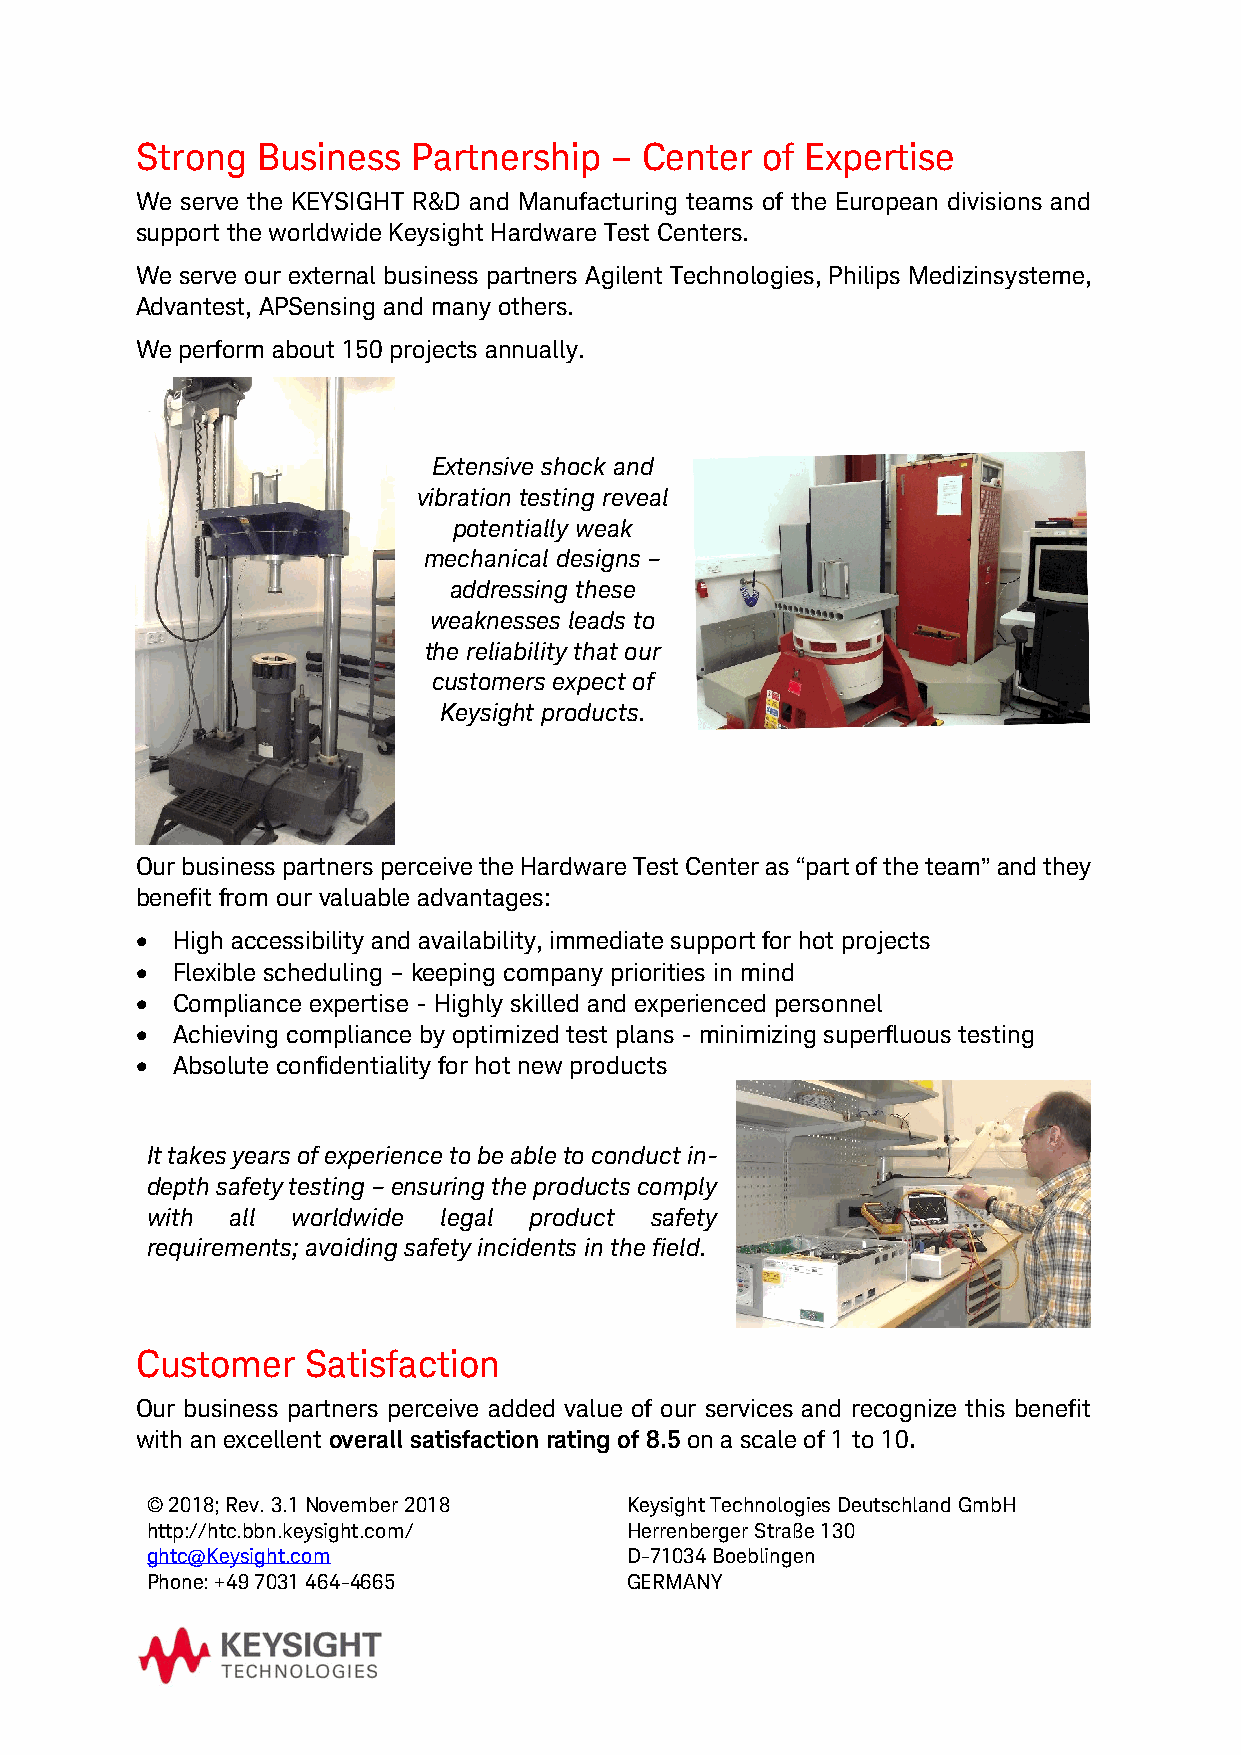
Strong  Business  Partnership  – Center  of Expertise
 We serve the KEYSIGHT R&D and Manufacturing teams of the European divisions and
 support the worldwide Keysight Hardware Test Centers.
 We serve our external business partners Agilent Technologies, Philips Medizinsysteme,
 Advantest, APSensing and many others.
 We perform about 150 projects annually.
 Extensive shock and
 vibration testing reveal
 potentially weak
 mechanical designs –
 addressing these
 weaknesses leads to
 the reliability that our
 customers expect of
 Keysight products.
 Our business partners perceive the Hardware Test Center as “part of the team” and they
 benefit from our valuable advantages:
 • High accessibility and availability, immediate support for hot projects
 • Flexible scheduling – keeping company priorities in mind
 • Compliance expertise - Highly skilled and experienced personnel
 • Achieving compliance by optimized test plans - minimizing superfluous testing
 • Absolute confidentiality for hot new products
 It takes years of experience to be able to conduct in-
 depth safety testing – ensuring the products comply
 with all worldwide legal product safety
 requirements; avoiding safety incidents in the field.
 Customer   Satisfaction
 Our business partners perceive added value of our services and recognize this benefit
 with an excellent overall satisfaction rating of 8.5 on a scale of 1 to 10.
 © 2018; Rev. 3.1 November 2018 Keysight Technologies Deutschland GmbH
 http://htc.bbn.keysight.com/   Herrenberger Straße 130
 ghtc@Keysight.com              D-71034 Boeblingen
 Phone: +49 7031 464-4665       GERMANY